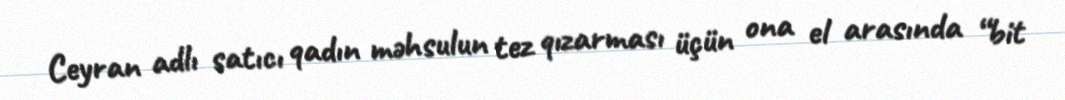
Ceyran adlı satıcı qadın məhsulun tez qızarması üçün ona el arasında “bit